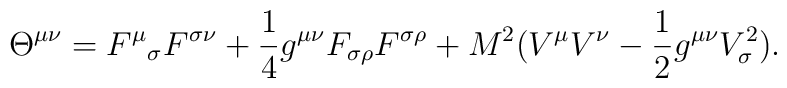
\Theta^{\mu\nu}={F^{\mu}}_{\sigma}F^{\sigma\nu} +{1\over 4}g^{\mu\nu}F_{\sigma\rho}F^{\sigma\rho}+M^2(V^\mu V^\nu - {1\over 2}g^{\mu\nu}V_\sigma^2).